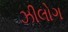
ઝીલોગ